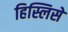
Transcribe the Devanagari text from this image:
हिस्लिसे